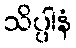
သိပ္ပါနံ